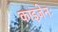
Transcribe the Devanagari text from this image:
काइज़ेनः